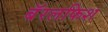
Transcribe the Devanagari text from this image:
बॅरलफिश